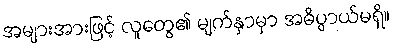
အများအားဖြင့် လူတွေ၏ မျက်နှာမှာ အဓိပ္ပာယ်မရှိ။